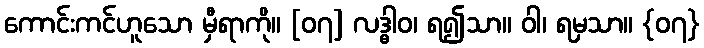
ကောင်းကင်ဟူသော မှီရာကို။ [၀၇] လဒ္ဓါဝ၊ ရ၍သာ။ ဝါ၊ ရမှသာ။ {၀၇}